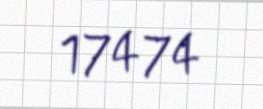
17474